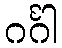
ဂင်္ဂါ